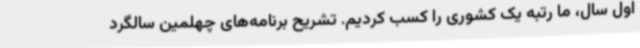
اول سال، ما رتبه یک کشوری را کسب کردیم. تشریح برنامه‌های چهلمین سالگرد